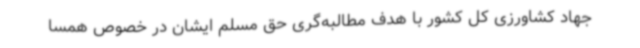
جهاد کشاورزی کل کشور با هدف مطالبه‌گری حق مسلم ایشان در خصوص همسا